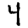
Digit: 4